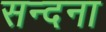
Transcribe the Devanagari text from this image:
सन्दना